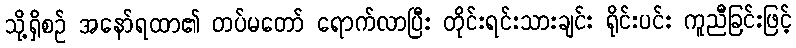
သို့ရှိစဉ် အနော်ရထာ၏ တပ်မတော် ရောက်လာပြီး တိုင်းရင်းသားချင်း ရိုင်းပင်း ကူညီခြင်းဖြင့်